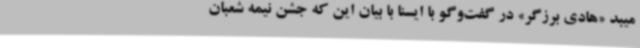
میبد «هادی برزگر» در گفت‌وگو با ایسنا با بیان این که جشن نیمه شعبان